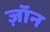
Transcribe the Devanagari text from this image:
ज़ॉन